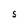
Character: S